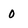
Character: 0